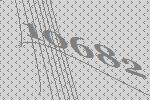
10682